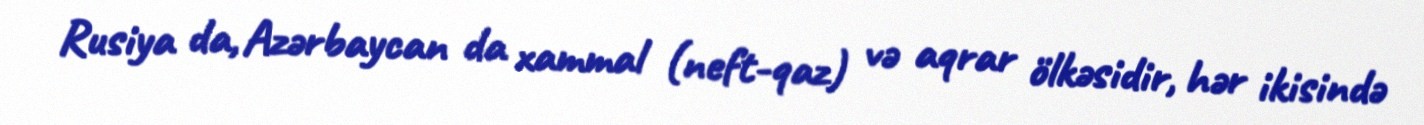
Rusiya da, Azərbaycan da xammal (neft-qaz) və aqrar ölkəsidir, hər ikisində